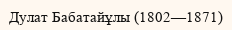
Дулат Бабатайұлы (1802—1871)